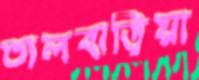
তালবাড়িয়া